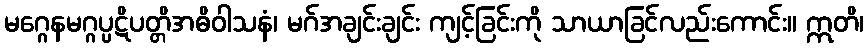
မဂ္ဂေနမဂ္ဂပ္ပဋိပတ္တိအဓိဝါသနံ၊ မဂ်အချင်းချင်း ကျင့်ခြင်းကို သာယာခြင်လည်းကောင်း။ ဣတိ၊